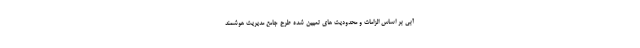
آبی بر اساس الزامات و محدودیت های تعیین شده طرح جامع مدیریت هوشمند